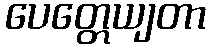
ပေတ္တေယျတာ